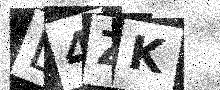
Text: D4ZK